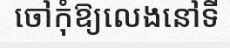
ចៅកុំឱ្យលេងនៅទី